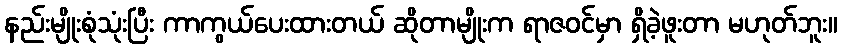
နည်းမျိုးစုံသုံးပြီး ကာကွယ်ပေးထားတယ် ဆိုတာမျိုးက ရာဇဝင်မှာ ရှိခဲ့ဖူးတာ မဟုတ်ဘူး။